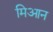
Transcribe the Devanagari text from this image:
मिआन